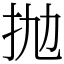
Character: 抛